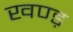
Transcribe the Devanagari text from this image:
खण्ड़